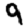
Digit: 9